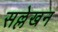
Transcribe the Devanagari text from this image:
सल्लेखन